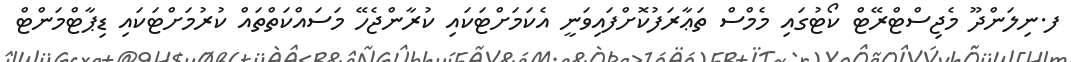
ފ.ނިލަންދޫ މެޖިސްޓްރޭޓް ކޯޓުގައި މެމްސް ތަޢާރަފުކޮށްފައިވަނީ އެކަމަށްޓަކައި ކުރާންޖެހޭ މަސައްކަތްތައް ކުރުމަށްޓަކައި ޑިޕާޓްމަންޓް